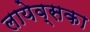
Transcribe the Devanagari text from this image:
लायेव्सका